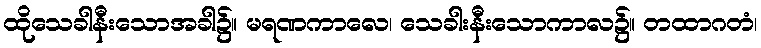
ထိုသေခါနီးသောအခါ၌။ မရဏကာလေ၊ သေခါးနီးသောကာလ၌။ တထာဂတံ၊